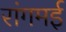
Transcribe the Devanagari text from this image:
रांगमई